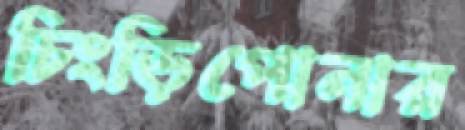
চিংড়িপোনার